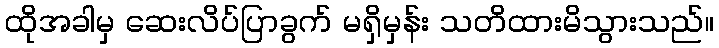
ထိုအခါမှ ဆေးလိပ်ပြာခွက် မရှိမှန်း သတိထားမိသွားသည်။